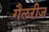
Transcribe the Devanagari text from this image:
गैलरीज